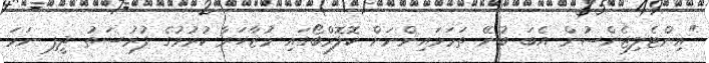
"އިންޓެލިޖެންސުން އެބަ ބުނޭ ތަމަޅައިންނަށް ކޮލޮމްބޯގައި މުޒާހަރާ ކުރުމުގެ ފުރުސަތު ދީފި ނަމަ